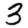
Digit: 3